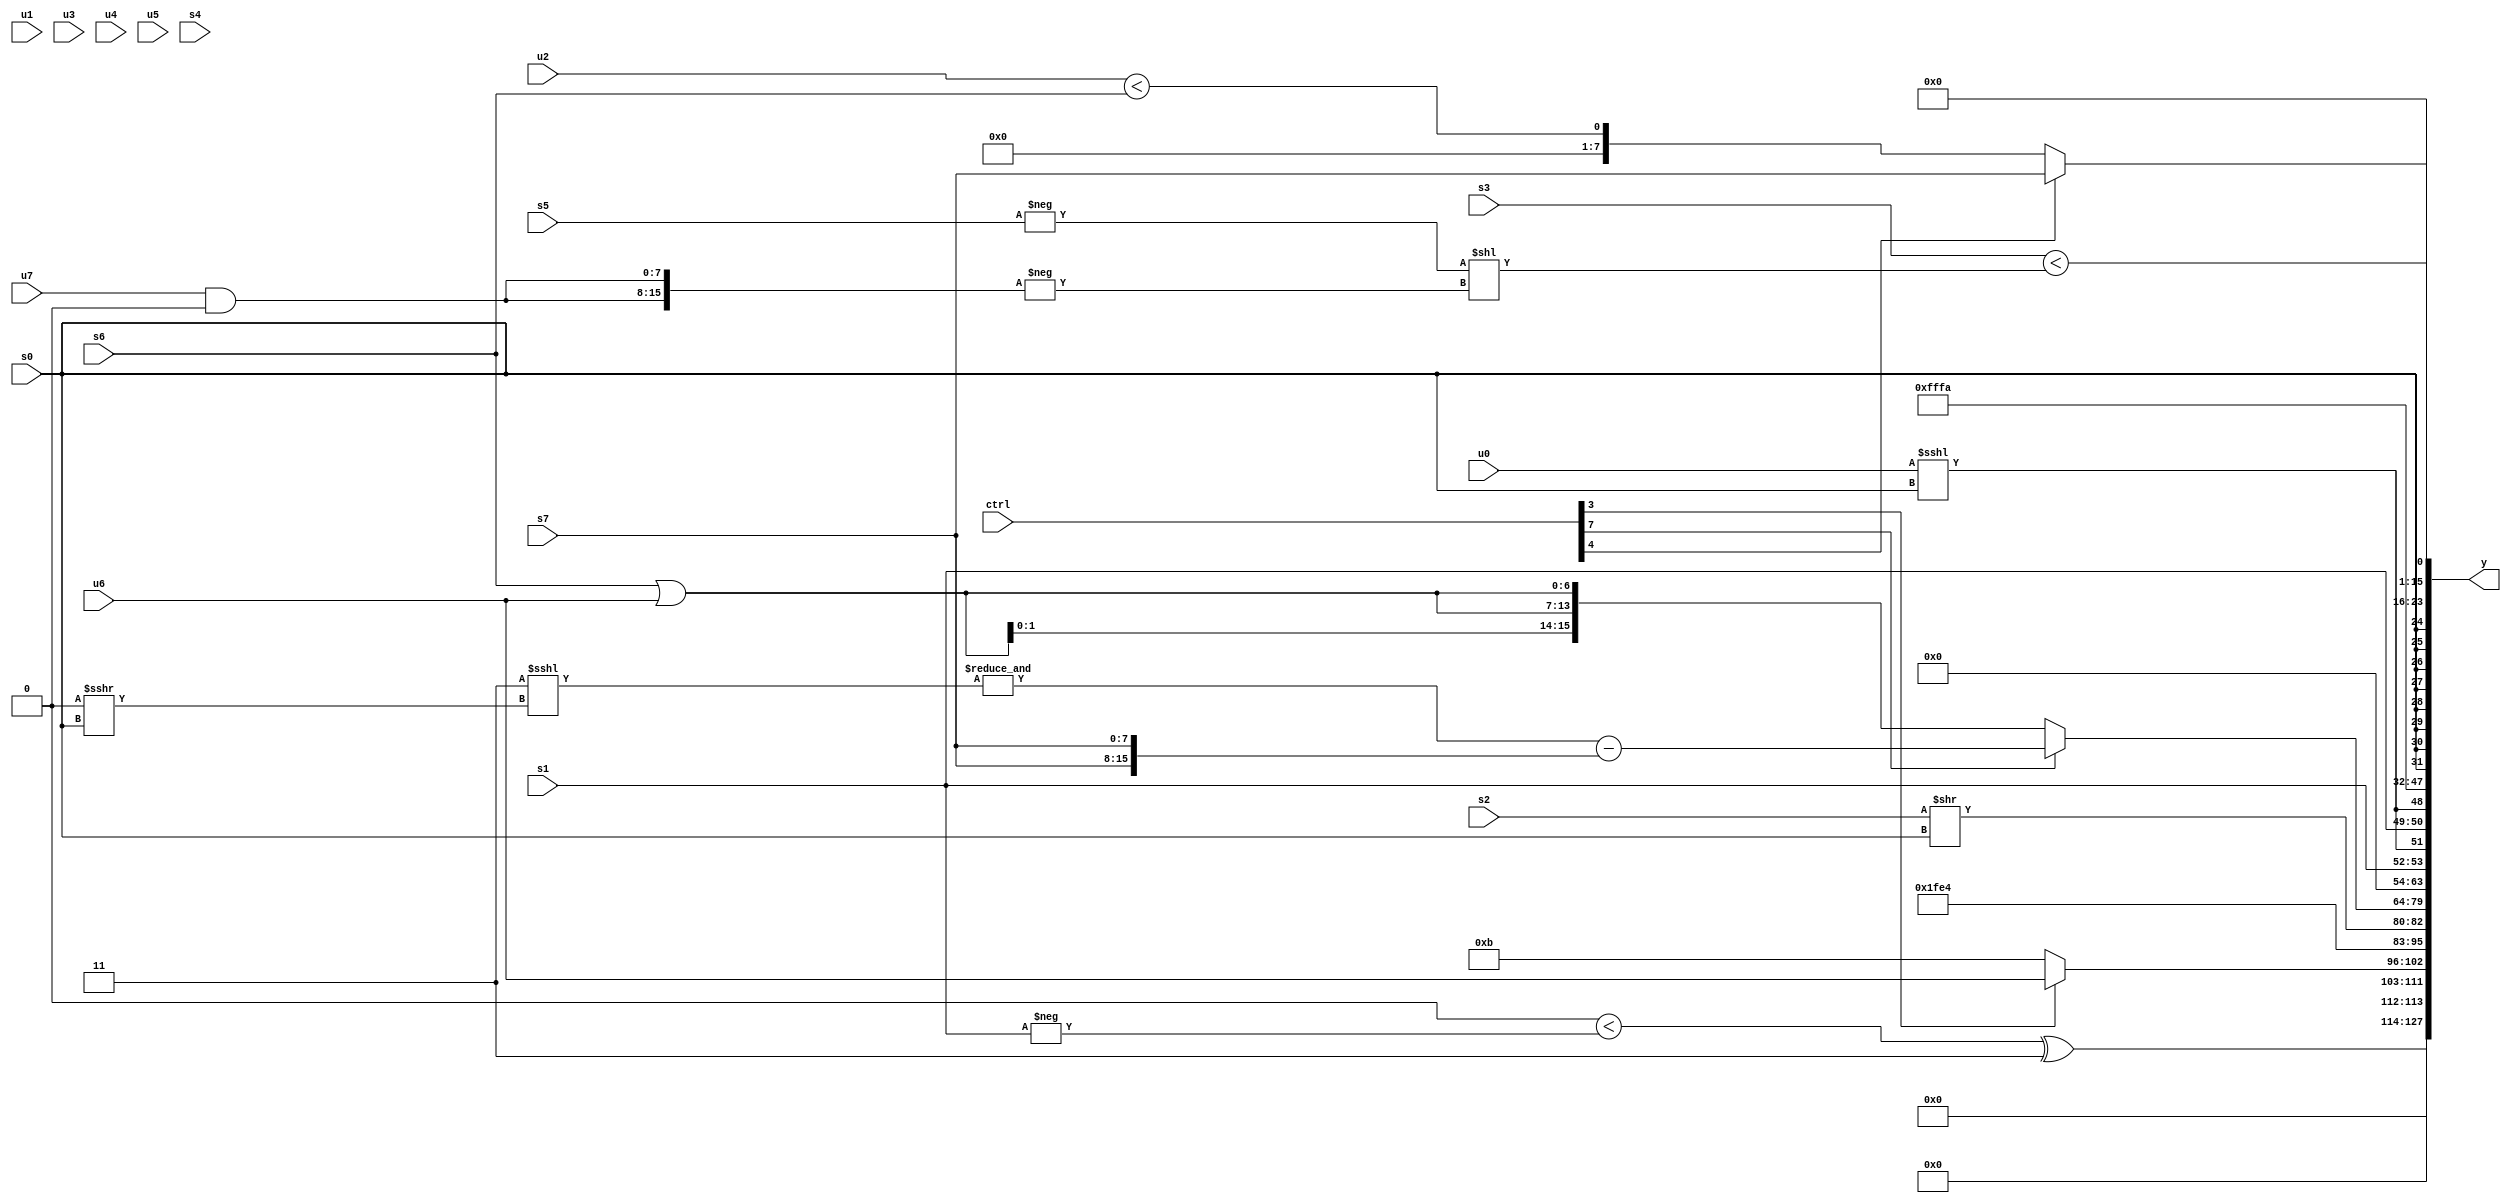
module wideexpr_00659(ctrl, u0, u1, u2, u3, u4, u5, u6, u7, s0, s1, s2, s3, s4, s5, s6, s7, y);
  input [7:0] ctrl;
  input [0:0] u0;
  input [1:0] u1;
  input [2:0] u2;
  input [3:0] u3;
  input [4:0] u4;
  input [5:0] u5;
  input [6:0] u6;
  input [7:0] u7;
  input signed [0:0] s0;
  input signed [1:0] s1;
  input signed [2:0] s2;
  input signed [3:0] s3;
  input signed [4:0] s4;
  input signed [5:0] s5;
  input signed [6:0] s6;
  input signed [7:0] s7;
  output [127:0] y;
  wire [15:0] y0;
  wire [15:0] y1;
  wire [15:0] y2;
  wire [15:0] y3;
  wire [15:0] y4;
  wire [15:0] y5;
  wire [15:0] y6;
  wire [15:0] y7;
  assign y = {y0,y1,y2,y3,y4,y5,y6,y7};
  assign y0 = $unsigned(($unsigned(((4'sb1101)>>(6'sb001100))<(-(s1))))^(2'b11));
  assign y1 = $unsigned((ctrl[3]?u6:4'sb1011));
  assign y2 = $signed({5'sb11001,2'sb00,(s2)>>(s0)});
  assign y3 = (ctrl[7]?(&((3'b011)<<<(+(($signed($signed(2'b00)))>>>(s0)))))-({-($unsigned(|(~|((s2)|(s2))))),$unsigned({1{$signed({4{+(3'sb111)}})}}),3'sb010,{4{s7}}}):{3{({s6})|(u6)}});
  assign y4 = {2{{$unsigned(s1),(-(u0))<<<(s0)}}};
  assign y5 = 6'sb111010;
  assign y6 = $signed({s0,$signed((ctrl[4]?s7:(u2)<(s6)))});
  assign y7 = (s3)<($signed(+((-(s5))<<(-({2{(u7)&(1'b0)}})))));
endmodule